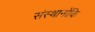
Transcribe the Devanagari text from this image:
संस्थानोंकि